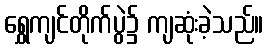
ရွှေကျင်တိုက်ပွဲ၌ ကျဆုံးခဲ့သည်။